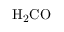
\mathrm { H _ { 2 } C O }